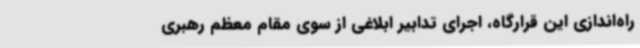
راه‌اندازی این قرارگاه، اجرای تدابیر ابلاغی از سوی مقام معظم رهبری